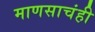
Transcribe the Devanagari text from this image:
माणसाचंही